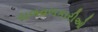
ચળવળકારીઓ